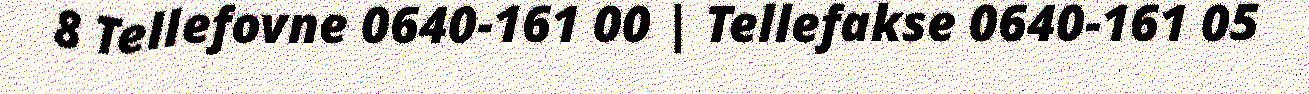
8 Tellefovne 0640-161 00 | Tellefakse 0640-161 05